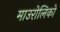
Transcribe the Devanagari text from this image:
माउरोलिको